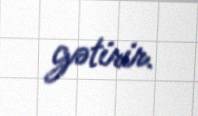
gətirir.